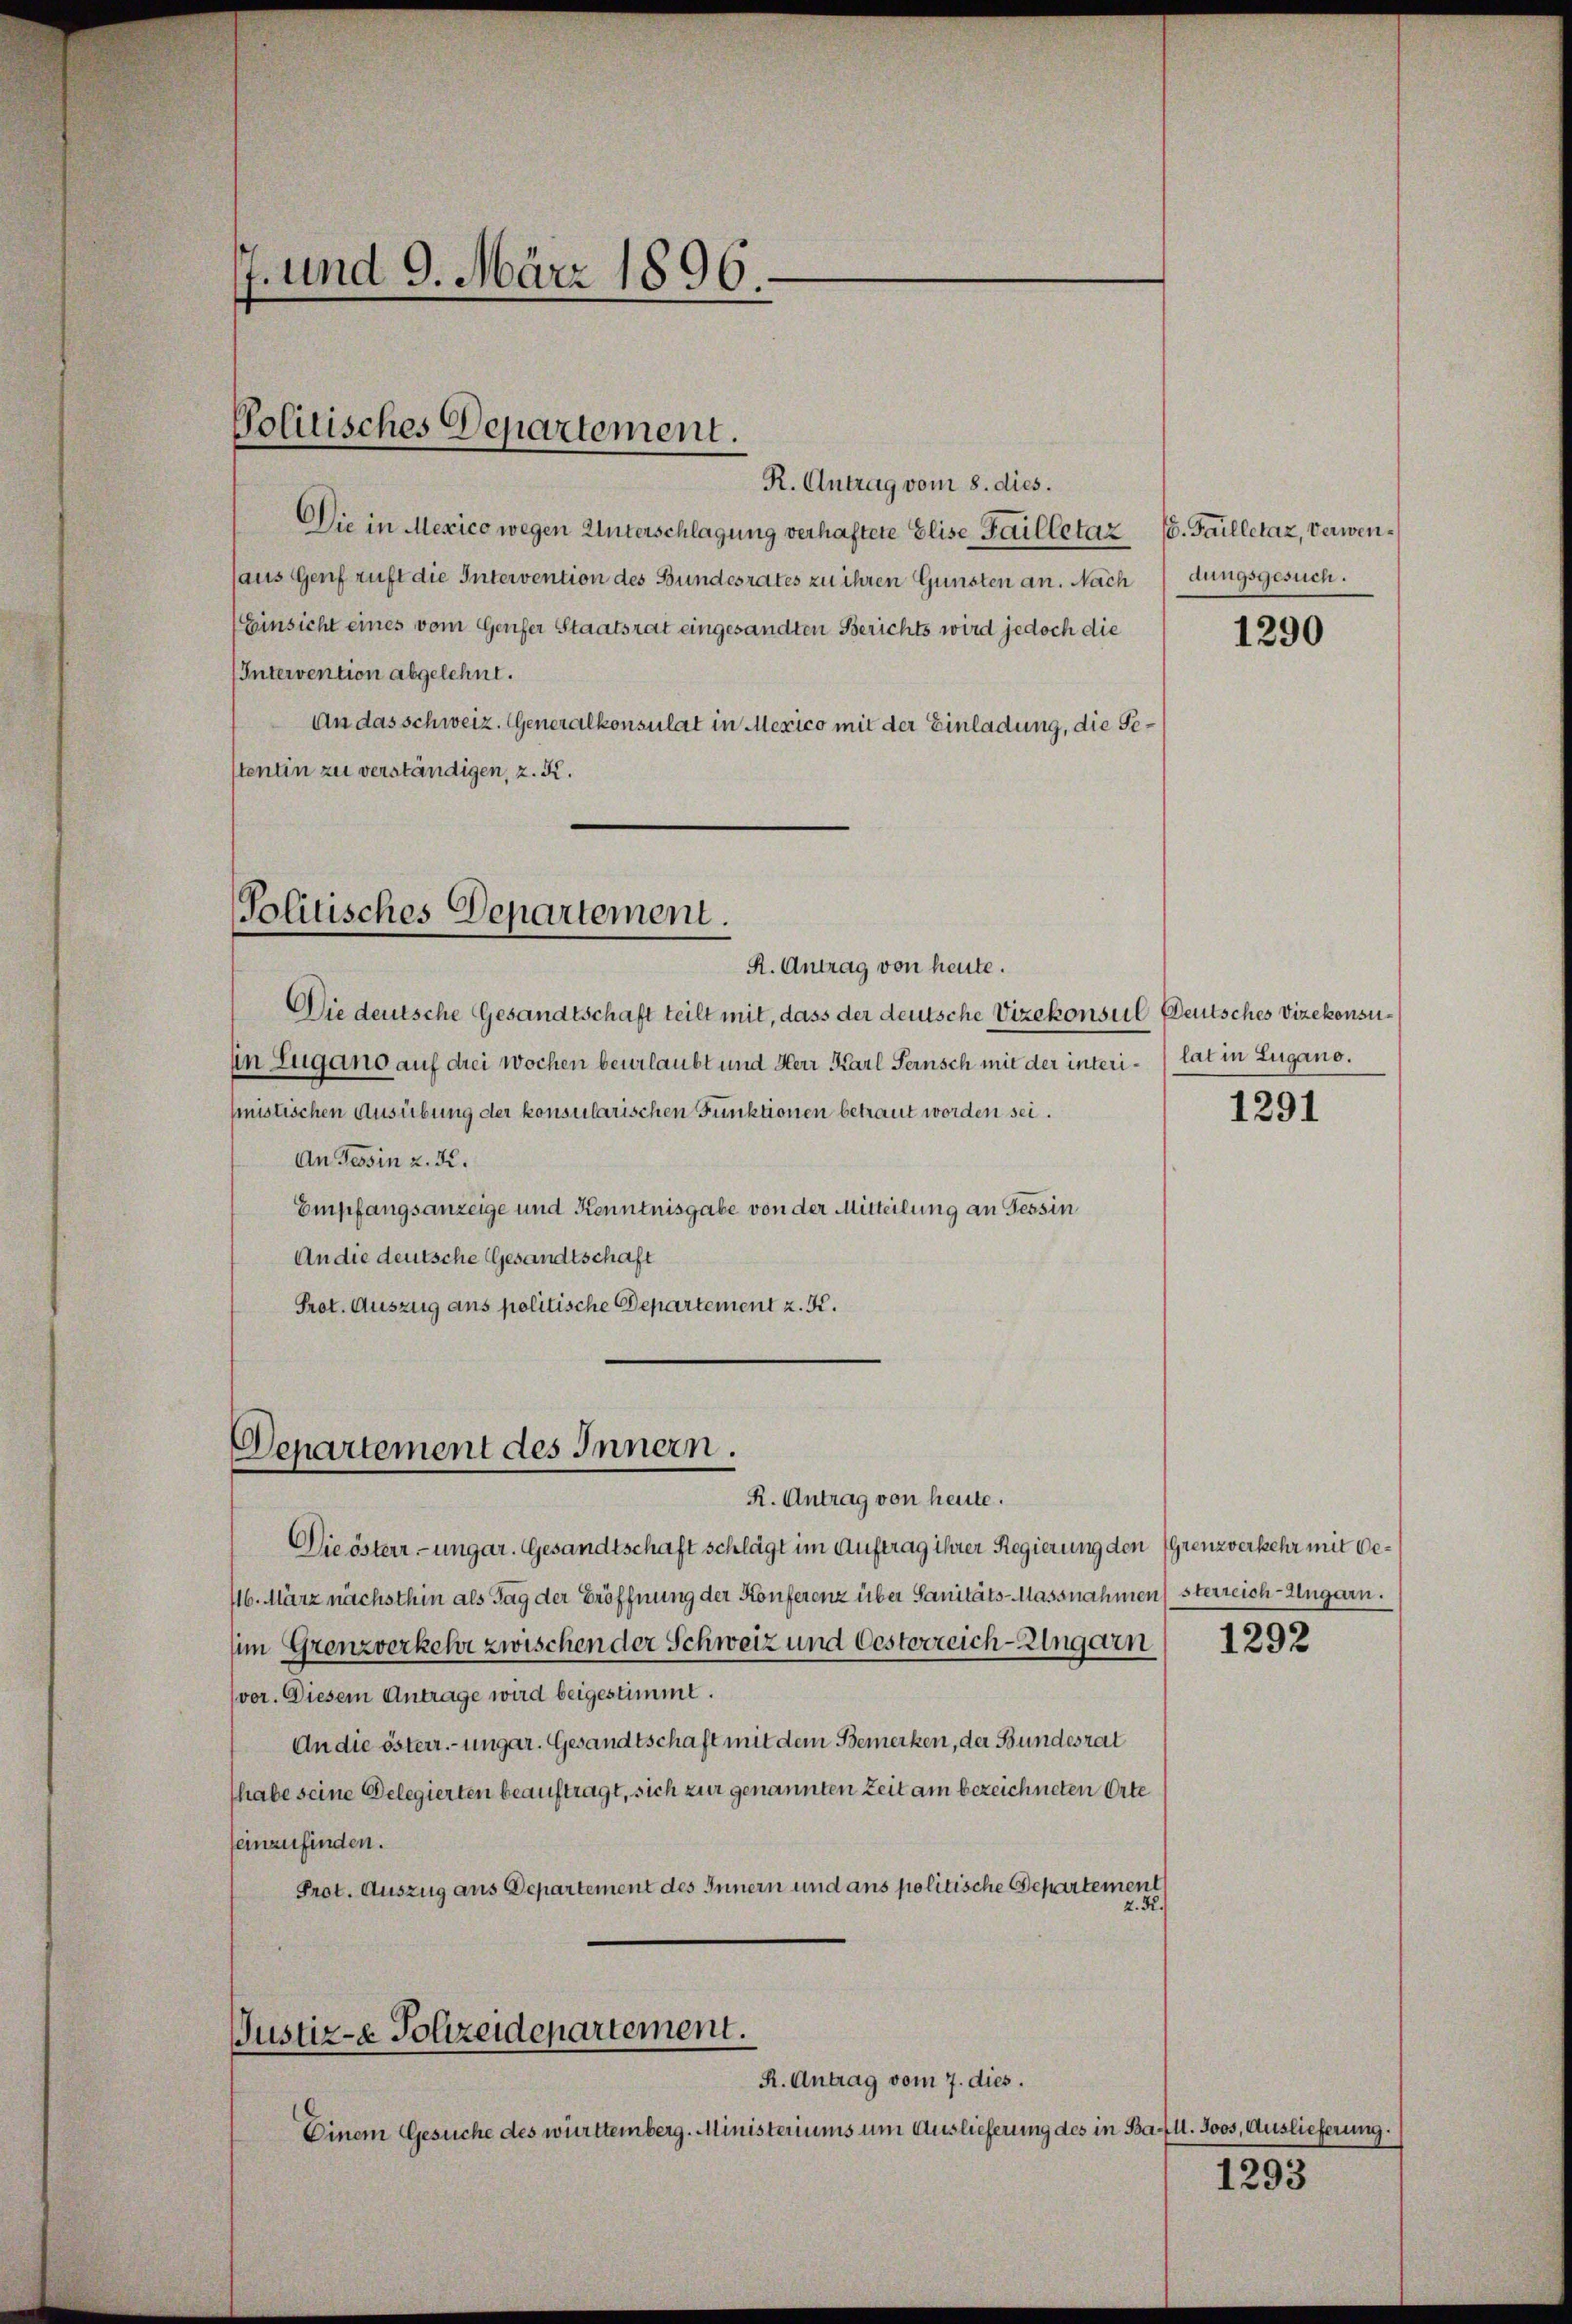
7. und 9. März 1896.

R. Antrag vom 8. dies.
Die in Mexico wegen Unterschlagung verhaftete Elise Failletaz (8. Failletaz, Verwenhaus Genf ruft die Intervention des Bundesrates zu ihren Gunsten an. Nach
EEinsicht eines vom Genfer Staatsrat eingesandten Berichts wird jedoch die
(Intervention abgelehnt.
An das schweiz. Generalkonsulat in Mexico mit der Einladung, die Sestentin zu verständigen, z. K.

Politisches Departement.

Politisches Departement.
R. Antrag von heute.

Departement des Innern.

Justiz-e Polizeidepartement.
R. Antrag vom 7. dies.

Die deutsche Gesandtschaft teilt mit, dass der deutsche Vizekonsul Deutsches Vizekonsuin Lugano auf drei Wochen beurlaubt und Herr Karl Seinsch mit der interi-lat in Lugano.
ministischen Ausübung der konsularischen Funktionen betraut worden sei.
An Tessin z. K.
Empfangsanzeige und Kenntnisgabe von der Mitteilung an Tessin
An die deutsche Gesandtschaft
Prot. Auszug ans politische Departement z. K.

R. Antrag von heute.
Die österr-ungar. Gesandtschaft schlägt im Auftrag ihrer Regierung den (Grenzverkehr mit Oe¬
16. März nächsthin als Tag der Eröffnung der Konferenz über Sanitäts-Massnahmensterreich-Ungarn.
im Grenzverkehr zwischen der Schweiz und Oesterreich-Ungarn
vor. Diesem Antrage wird beigestimmt.
An die österr.-ungar. Gesandtschaft mit dem Bemerken, der Bundesrat
habe seine Gelegierten beauftragt, sich zur genannten Zeit am bezeichneten Orte
seinzufinden.
Prot. Auszug aus Departement des Innern und ans politische Departement
z. R.

Einem Gesuche des württemberg. Ministeriums um Auslieferung des in Bau 11. Joos, Auslieferung.

dungsgesuch.

1290

1291

1292

1293